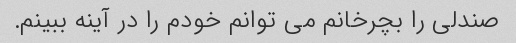
صندلی را بچرخانم می توانم خودم را در آینه ببینم.